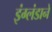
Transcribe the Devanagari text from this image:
इंग्लंडाने